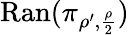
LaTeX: \mathrm{Ran}(\pi_{\rho^{\prime},\frac{\rho}{2}})